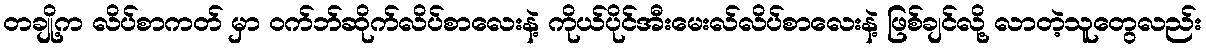
တချို့က လိပ်စာကတ် မှာ ၀က်ဘ်ဆိုက်လိပ်စာလေးနဲ့ ကိုယ်ပိုင်အီးမေးလ်လိပ်စာလေးနဲ့ ဖြစ်ချင်လို့ လာတဲ့သူတွေလည်း